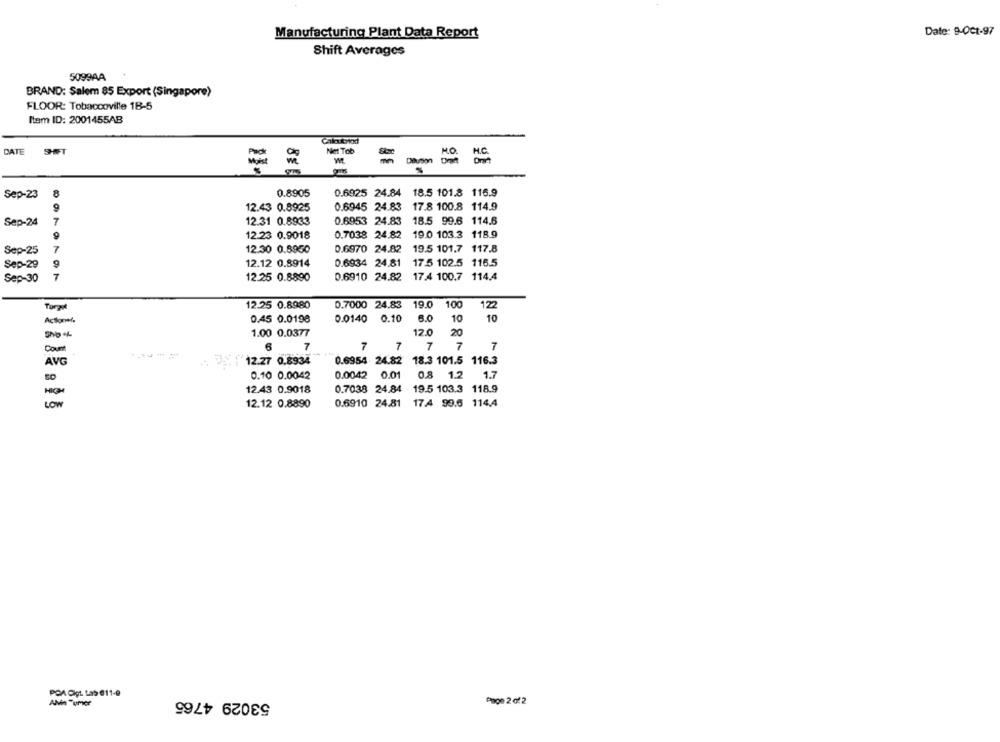
Manufacturing Plant Data Report
Date: 9-0€1-97
Shift Averages
5099AA
BRAND: Salem 85 Export (Singapore)
FLOOR: Tobaccoville 1B-5
Item ID: 2001455AB
Caloutytod
DATE
SHIFT
M.O.
Diuson Dret
= =
Sep-23
0.8905
0.6925 24.84 18.5 101.8 116.9
12.43 0.8925
0.6945 24.83
17.8 100.8 114.9
Sep-24
7
12.31 0.8933
0.6953 24.83
18.5 99.6 114.6
12.23 0.9018
0.7038 24.82
19.0 103.3 118.9
Sep-25
7
12.30 0.8950
0.6970 24.82
19.5 101.7 117.8
Sep-29
12.12 0.8914
0.6934 24.81
17.5 102.5 116.5
Sep-30
7
12.25 0.8890
0.6910 24.82
17.4 100.7 114.4
12.25 0.8980
0.7000 24.83 19.0
100
122
Torzo
0.45 0.0198
0.0140 0.10
6.0
10
10
1.00 0.0377
12.0
20
Count
7
7
7
7
7
7
AVG
12.27 0.8934
0.6954 24.82
18.3 101.5 116.3
0.10 0.0042
0.0042 0.01
0.8 1.2
1.7
12.43 0.9018
0.7038 24.84
19.5 103.3
118.9
LOW
12.12 0.8890
0.6910 24.81
17.4 99.6 114.4
POA Cipt. Las @11-9
53029 4765
ANin Tumver
Page 2 of2